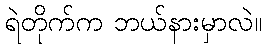
ရဲတိုက်က ဘယ်နားမှာလဲ။